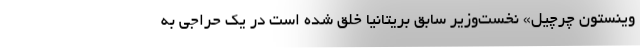
وینستون چرچیل» نخست‌وزیر سابق بریتانیا خلق شده است در یک حراجی به